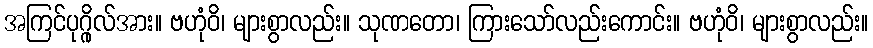
အကြင်ပုဂ္ဂိုလ်အား။ ဗဟုံဝိ၊ များစွာလည်း။ သုဏတော၊ ကြားသော်လည်းကောင်း။ ဗဟုံဝိ၊ များစွာလည်း။